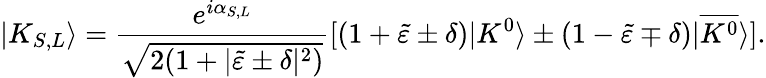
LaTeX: |K_{S,L}\rangle=\frac{e^{i\alpha_{S,L}}}{\sqrt{2(1+|\tilde{\varepsilon}\pm\delta|^{2})}}[(1+\tilde{\varepsilon}\pm\delta)|K^{0}\rangle\pm(1-\tilde{\varepsilon}\mp\delta)|\overline{{{K^{0}}}}\rangle].